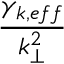
\frac { \gamma _ { k , e f f } } { k _ { \perp } ^ { 2 } }